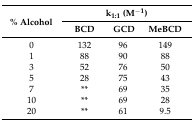
<table><thead><tr><td rowspan="2"><b>% Alcohol</b></td><td colspan="3"><b>k<sub>1:1</sub> (M<sup>−1</sup>)</b></td></tr><tr><td><b>BCD</b></td><td><b>GCD</b></td><td><b>MeBCD</b></td></tr></thead><tbody><tr><td>0</td><td>132</td><td>96</td><td>149</td></tr><tr><td>1</td><td>88</td><td>90</td><td>88</td></tr><tr><td>3</td><td>52</td><td>76</td><td>50</td></tr><tr><td>5</td><td>28</td><td>75</td><td>43</td></tr><tr><td>7</td><td>**</td><td>69</td><td>35</td></tr><tr><td>10</td><td>**</td><td>69</td><td>28</td></tr><tr><td>20</td><td>**</td><td>61</td><td>9.5</td></tr></tbody></table>